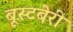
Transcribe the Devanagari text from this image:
बूस्टबेरी